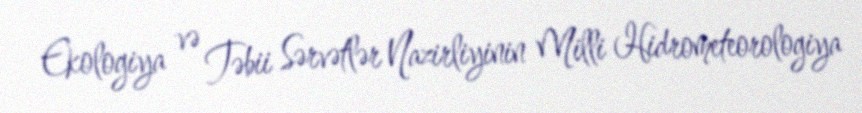
Ekologiya və Təbii Sərvətlər Nazirliyinin Milli Hidrometeorologiya